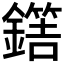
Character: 𨬼